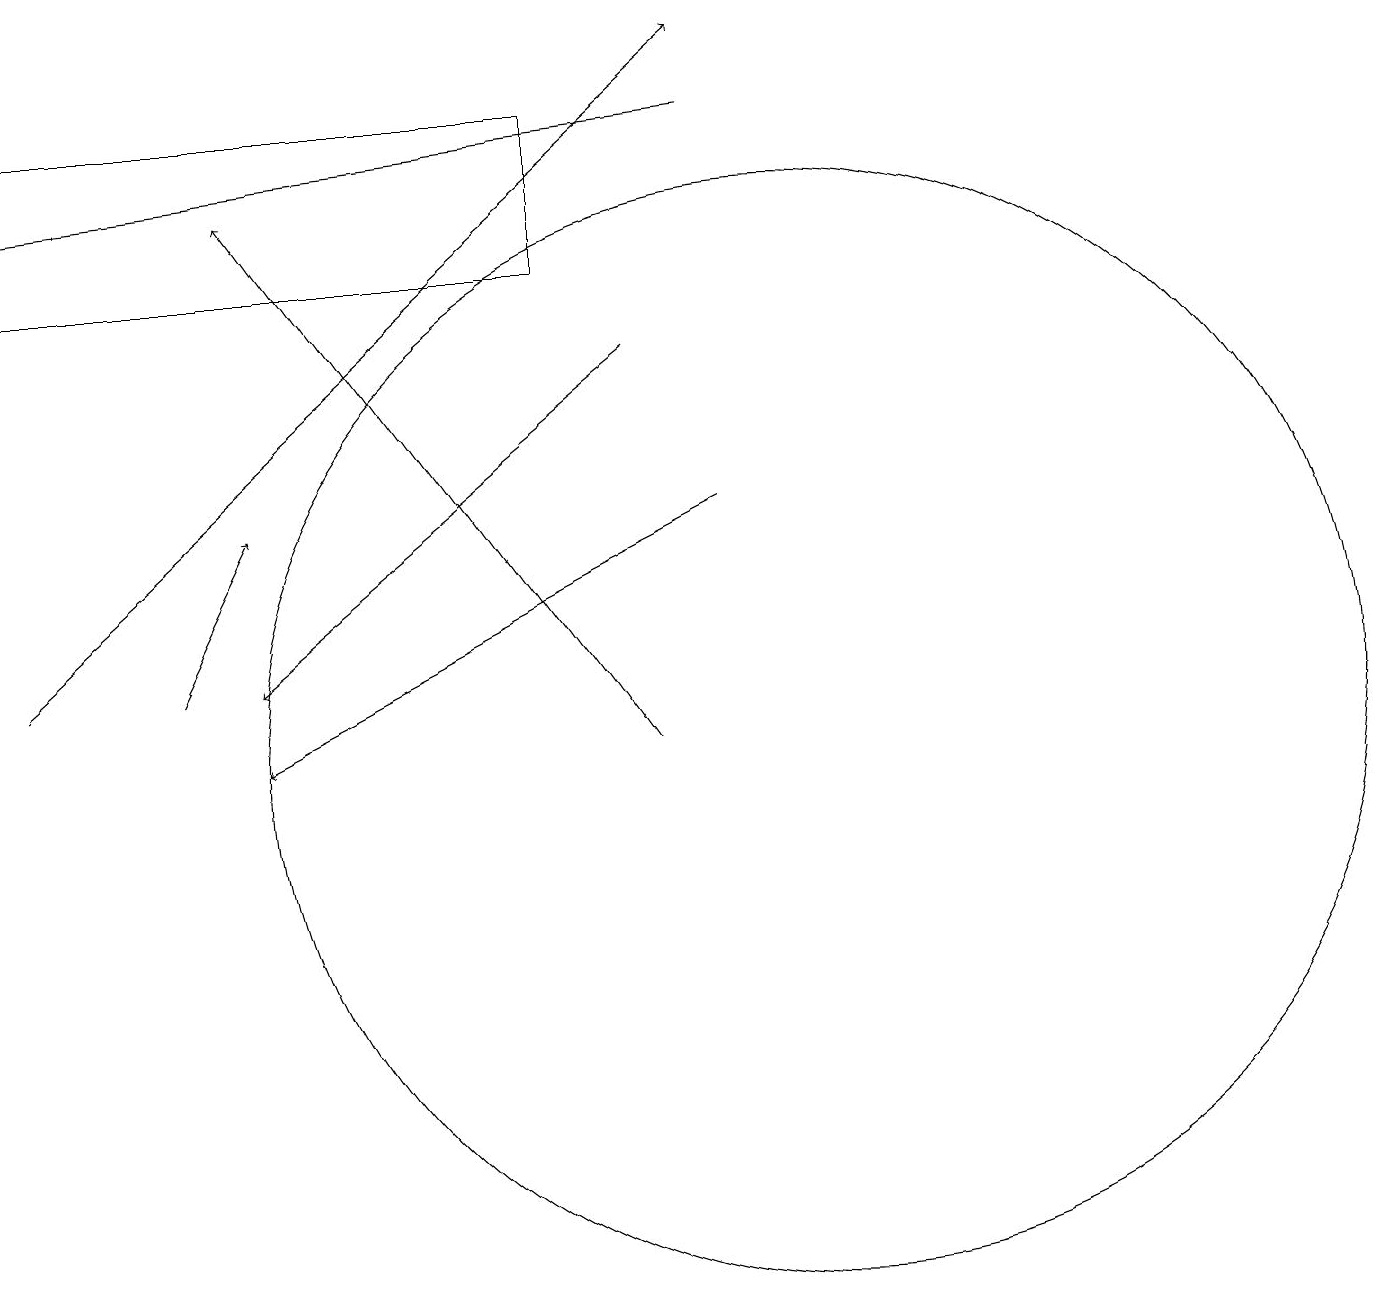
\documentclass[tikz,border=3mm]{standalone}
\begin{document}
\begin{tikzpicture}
\draw[->] (9,13) -- (3,10);
\draw (10,10) circle (7);
\draw[->] (8,15) -- (3,11);
\draw (7,16) rectangle (0,18);
\draw[->] (9,18) -- (0,17);
\draw[->] (2,11) -- (3,13);
\draw[->] (8,10) -- (3,17);
\draw[->] (0,11) -- (9,19);
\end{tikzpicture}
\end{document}